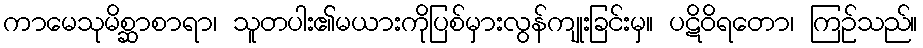
ကာမေသုမိစ္ဆာစာရာ၊ သူတပါး၏မယားကိုပြစ်မှားလွန်ကျုးခြင်းမှ။ ပဋိဝိရတော၊ ကြဉ်သည်။